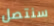
سنتصل